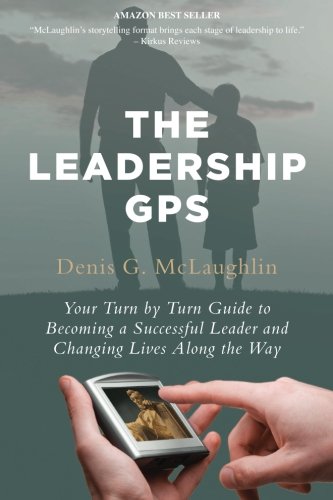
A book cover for The Leadership GPS: Your Turn by Turn Guide to Becoming a Successful Leader and Changing Lives Along the Way; Denis G McLaughlin; Business & Money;